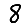
Digit: 8